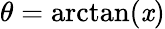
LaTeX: \theta=\arctan(\mathit{x})